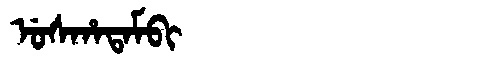
Manchu: ᡠᠰᡥᠠᡨᠠᠮᠪᡳ
Romanization: USHATAMBI